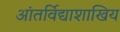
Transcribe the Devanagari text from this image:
आंतर्विद्याशाखिय